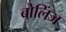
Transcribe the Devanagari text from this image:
बोलिंज